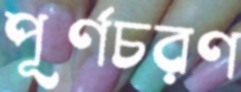
পূর্ণচরণ